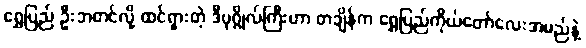
ရွှေပြည် ဦးဘတင်လို့ ထင်ရှားတဲ့ ဒီပုဂ္ဂိုလ်ကြီးဟာ တချိန်က ရွှေပြည်ကိုယ်တော်လေးအမည်နဲ့